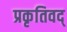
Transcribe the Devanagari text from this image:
प्रकृतिवद्